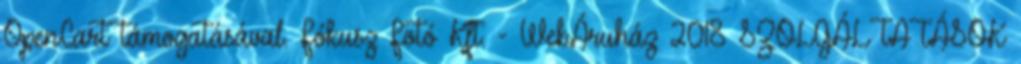
OpenCart támogatásával. Fókusz Fotó Kft. - WebÁruház 2018 SZOLGÁLTATÁSOK